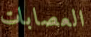
العصابات